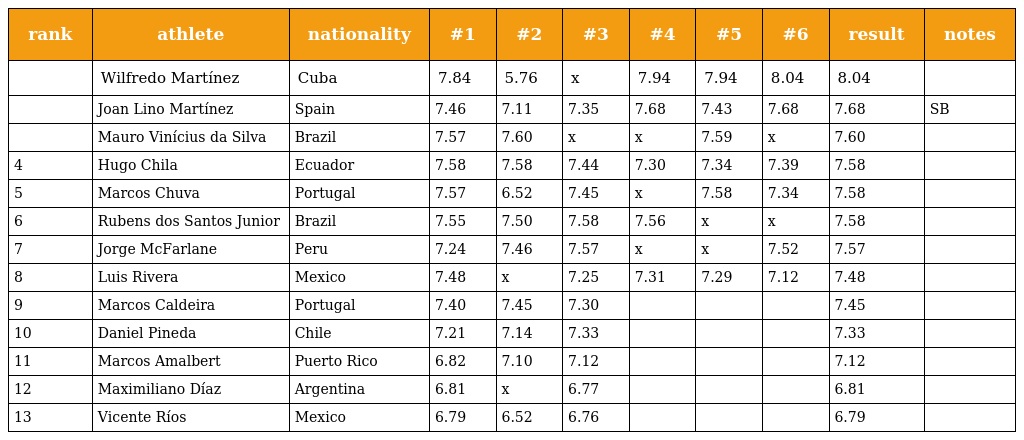
| rank | athlete | nationality | #1 | #2 | #3 | #4 | #5 | #6 | result | notes |
 | --- | --- | --- | --- | --- | --- | --- | --- | --- | --- | --- |
 |  | Wilfredo Martínez | Cuba | 7.84 | 5.76 | x | 7.94 | 7.94 | 8.04 | 8.04 |  |
 |  | Joan Lino Martínez | Spain | 7.46 | 7.11 | 7.35 | 7.68 | 7.43 | 7.68 | 7.68 | SB |
 |  | Mauro Vinícius da Silva | Brazil | 7.57 | 7.60 | x | x | 7.59 | x | 7.60 |  |
 | 4 | Hugo Chila | Ecuador | 7.58 | 7.58 | 7.44 | 7.30 | 7.34 | 7.39 | 7.58 |  |
 | 5 | Marcos Chuva | Portugal | 7.57 | 6.52 | 7.45 | x | 7.58 | 7.34 | 7.58 |  |
 | 6 | Rubens dos Santos Junior | Brazil | 7.55 | 7.50 | 7.58 | 7.56 | x | x | 7.58 |  |
 | 7 | Jorge McFarlane | Peru | 7.24 | 7.46 | 7.57 | x | x | 7.52 | 7.57 |  |
 | 8 | Luis Rivera | Mexico | 7.48 | x | 7.25 | 7.31 | 7.29 | 7.12 | 7.48 |  |
 | 9 | Marcos Caldeira | Portugal | 7.40 | 7.45 | 7.30 |  |  |  | 7.45 |  |
 | 10 | Daniel Pineda | Chile | 7.21 | 7.14 | 7.33 |  |  |  | 7.33 |  |
 | 11 | Marcos Amalbert | Puerto Rico | 6.82 | 7.10 | 7.12 |  |  |  | 7.12 |  |
 | 12 | Maximiliano Díaz | Argentina | 6.81 | x | 6.77 |  |  |  | 6.81 |  |
 | 13 | Vicente Ríos | Mexico | 6.79 | 6.52 | 6.76 |  |  |  | 6.79 |  |